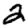
Digit: 2